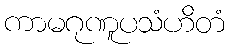
ကာမဂုဏူပသံဟိတံ